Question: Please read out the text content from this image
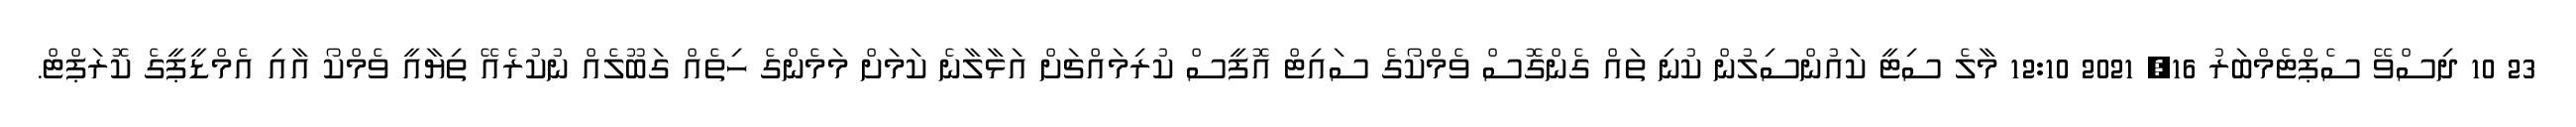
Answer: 23 10 ދިސްވޭ ސެޕްޓެމްބަރު 16, 2021 12:10 މާލެ ސިޓީ ކައުންސިލުން ކުނި ތައް ގެންގޮސް ވެމްކޯގެ ސައިޓް އޮފީސް ކުރިމައްޗަށް އަޅާލާނެ ކަމަށް މަމެންގެ ހިތެއް ގަބޫލެއް ނުކުރެއޭ ތިޔާއީ ވެމްކޯ އާއި އެމްޑީޕީގެ ކޮރަޕްޓް.